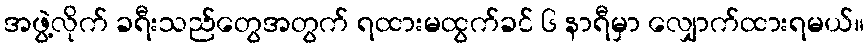
အဖွဲ့လိုက် ခရီးသည်တွေအတွက် ရထားမထွက်ခင် ၆ နာရီမှာ လျှောက်ထားရမယ်။